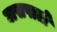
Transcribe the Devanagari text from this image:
घासपातों